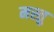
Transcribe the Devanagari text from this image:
मस्तु